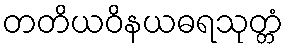
တတိယဝိနယဓရသုတ္တံ